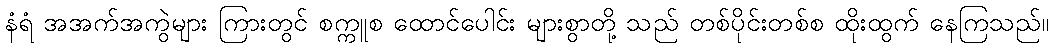
နံရံ အအက်အကွဲများ ကြားတွင် စက္ကူစ ထောင်ပေါင်း များစွာတို့ သည် တစ်ပိုင်းတစ်စ ထိုးထွက် နေကြသည်။